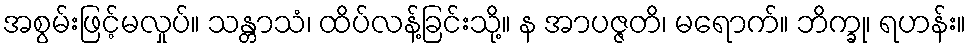
အစွမ်းဖြင့်မလှုပ်။ သန္တာသံ၊ ထိပ်လန့်ခြင်းသို့။ န အာပဇ္ဇတိ၊ မရောက်။ ဘိက္ခု၊ ရဟန်း။